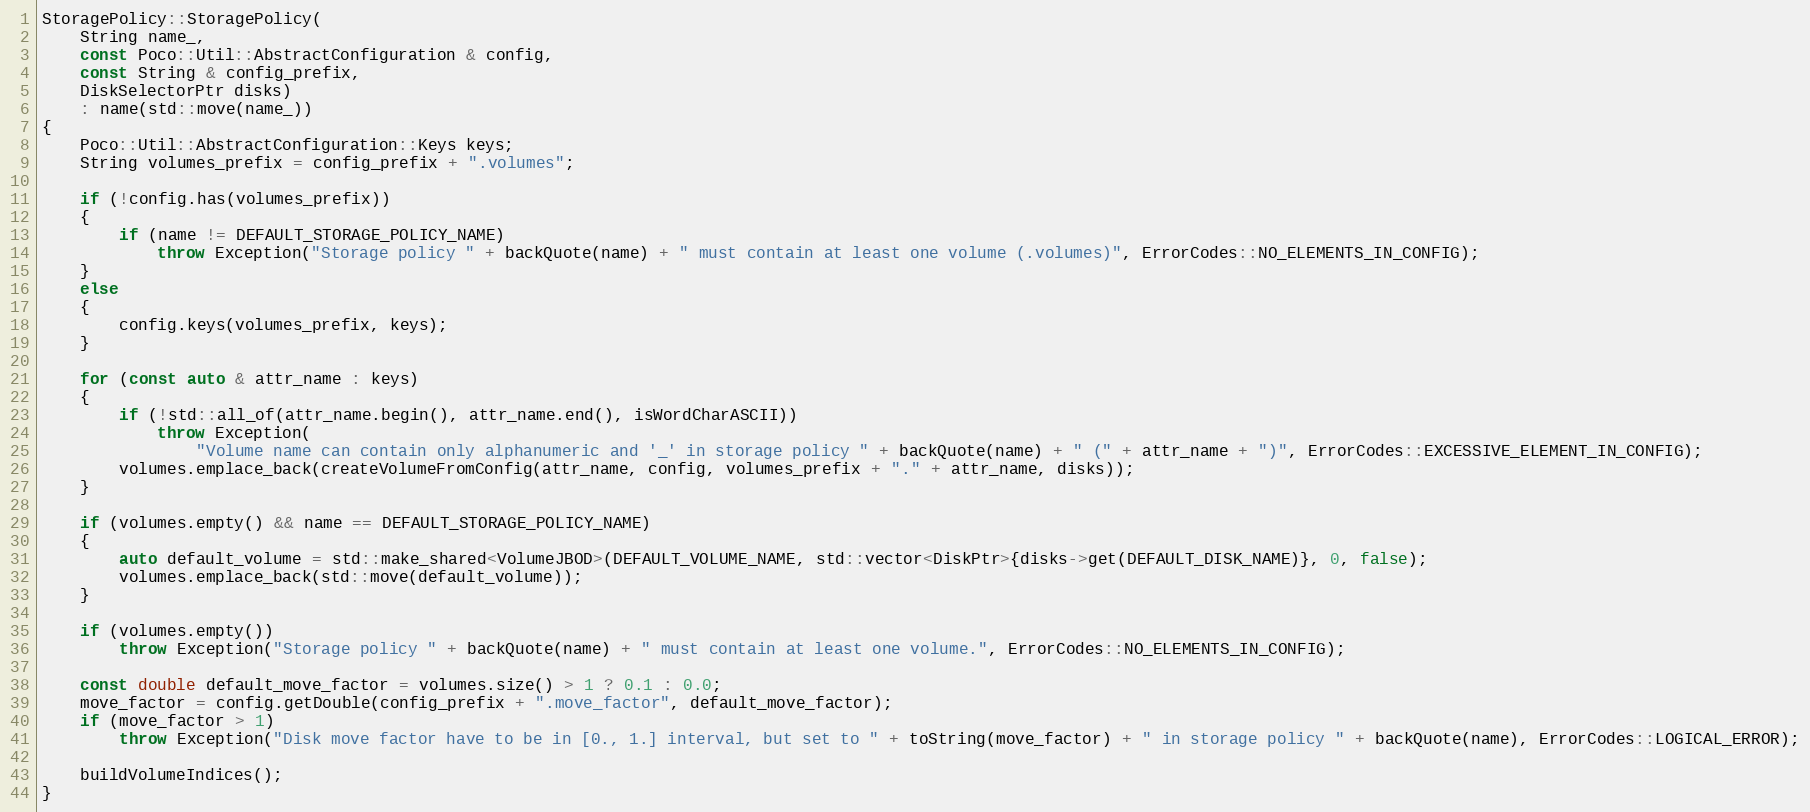
Language: C++
StoragePolicy::StoragePolicy(
    String name_,
    const Poco::Util::AbstractConfiguration & config,
    const String & config_prefix,
    DiskSelectorPtr disks)
    : name(std::move(name_))
{
    Poco::Util::AbstractConfiguration::Keys keys;
    String volumes_prefix = config_prefix + ".volumes";

    if (!config.has(volumes_prefix))
    {
        if (name != DEFAULT_STORAGE_POLICY_NAME)
            throw Exception("Storage policy " + backQuote(name) + " must contain at least one volume (.volumes)", ErrorCodes::NO_ELEMENTS_IN_CONFIG);
    }
    else
    {
        config.keys(volumes_prefix, keys);
    }

    for (const auto & attr_name : keys)
    {
        if (!std::all_of(attr_name.begin(), attr_name.end(), isWordCharASCII))
            throw Exception(
                "Volume name can contain only alphanumeric and '_' in storage policy " + backQuote(name) + " (" + attr_name + ")", ErrorCodes::EXCESSIVE_ELEMENT_IN_CONFIG);
        volumes.emplace_back(createVolumeFromConfig(attr_name, config, volumes_prefix + "." + attr_name, disks));
    }

    if (volumes.empty() && name == DEFAULT_STORAGE_POLICY_NAME)
    {
        auto default_volume = std::make_shared<VolumeJBOD>(DEFAULT_VOLUME_NAME, std::vector<DiskPtr>{disks->get(DEFAULT_DISK_NAME)}, 0, false);
        volumes.emplace_back(std::move(default_volume));
    }

    if (volumes.empty())
        throw Exception("Storage policy " + backQuote(name) + " must contain at least one volume.", ErrorCodes::NO_ELEMENTS_IN_CONFIG);

    const double default_move_factor = volumes.size() > 1 ? 0.1 : 0.0;
    move_factor = config.getDouble(config_prefix + ".move_factor", default_move_factor);
    if (move_factor > 1)
        throw Exception("Disk move factor have to be in [0., 1.] interval, but set to " + toString(move_factor) + " in storage policy " + backQuote(name), ErrorCodes::LOGICAL_ERROR);

    buildVolumeIndices();
}